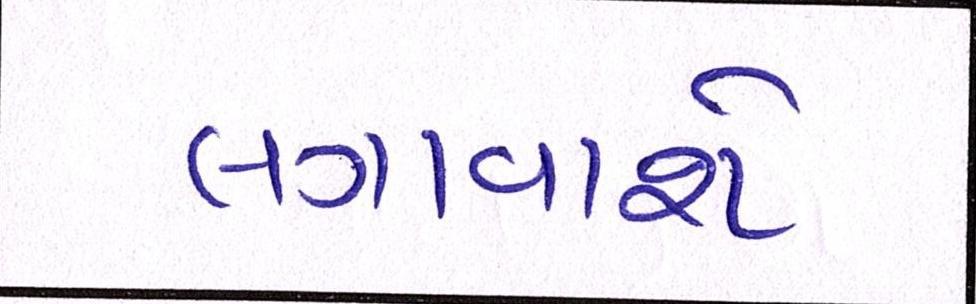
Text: લગાવાશે